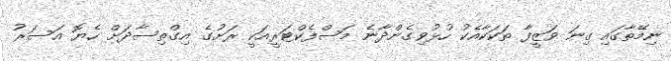
ނިމޭތާގައި ގިނަ ވަޒީފާ ތަކަކާއެކު ހުޅުވިގެންދާނެ މަސްފެކްޓަރީއަކީ ރަށުގެ އިގްތިސާދަށް ހެޔޮ އަސަރު